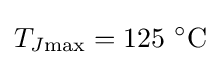
T_{J{\rm {max}}}=125\ ^{\circ }{\text{C}}